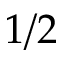
1 / 2